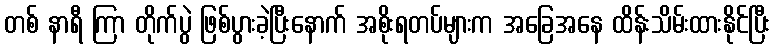
တစ် နာရီ ကြာ တိုက်ပွဲ ဖြစ်ပွားခဲ့ပြီးနောက် အစိုးရတပ်များက အခြေအနေ ထိန်းသိမ်းထားနိုင်ပြီး